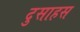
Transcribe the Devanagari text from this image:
दुसाहस